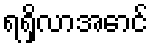
ရရှိလာအောင်